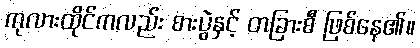
ကုလားထိုင်ကလည်း စားပွဲနှင့် တခြားစီ ဖြစ်နေ၏။